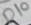
Text: D10